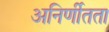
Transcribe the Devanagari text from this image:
अनिर्णीतता